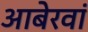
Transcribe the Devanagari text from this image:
आबेरवां